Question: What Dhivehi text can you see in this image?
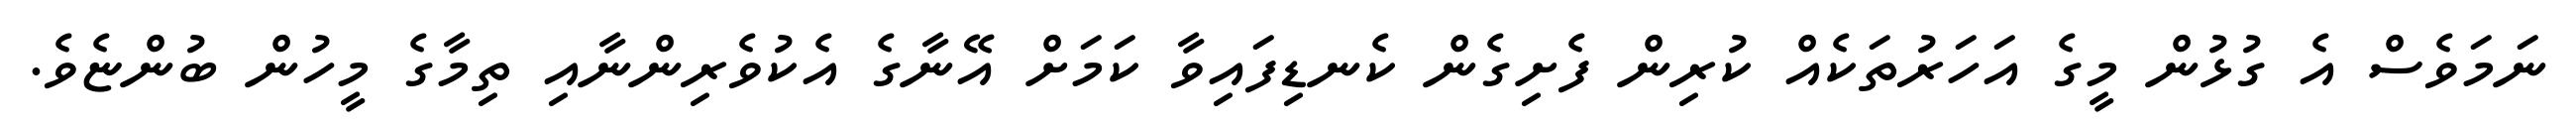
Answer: ނަމަވެސް އެ ގުޅުން މީގެ އަހަރުތަކެއް ކުރިން ފެށިގެން ކެނޑިފައިވާ ކަމަށް އޭނާގެ އެކުވެރިންނާއި ތިމާގެ މީހުން ބުންޏެވެ.